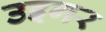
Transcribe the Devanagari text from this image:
उइगर